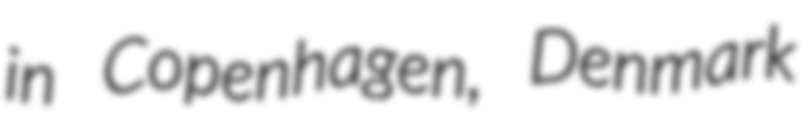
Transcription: in Copenhagen, Denmark